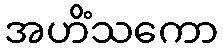
အဟိံသကော